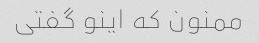
ممنون که اینو گفتی